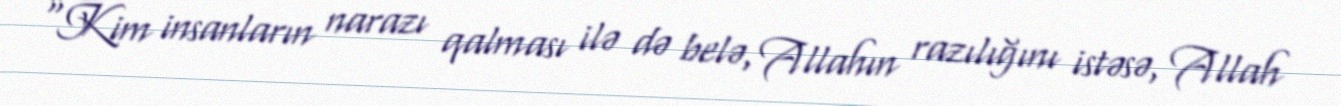
“Kim insanların narazı qalması ilə də belə, Allahın razılığını istəsə, Allah